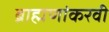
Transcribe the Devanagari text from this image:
ब्राह्मणांकरवी